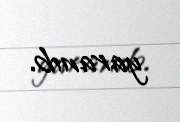
yaranıb.